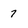
Character: 7